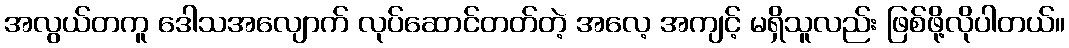
အလွယ်တကူ ဒေါသအလျောက် လုပ်ဆောင်တတ်တဲ့ အလေ့ အကျင့် မရှိသူလည်း ဖြစ်ဖို့လိုပါတယ်။